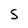
Character: S